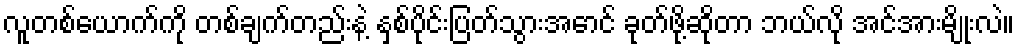
လူတစ်ယောက်ကို တစ်ချက်တည်းနဲ့ နှစ်ပိုင်းပြတ်သွားအောင် ခုတ်ဖို့ဆိုတာ ဘယ်လို အင်အားမျိုးလဲ။